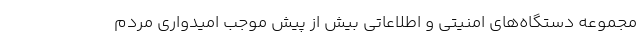
مجموعه دستگاه‌های امنیتی و اطلاعاتی بیش از پیش موجب امیدواری مردم